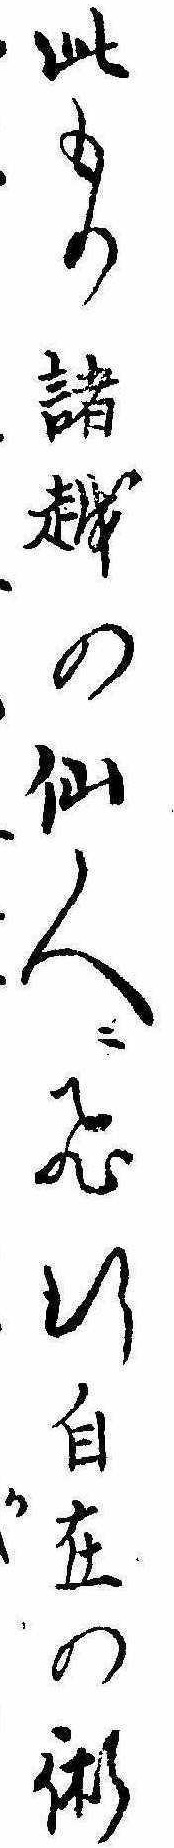
此もの諸越の仙人に飛行自在の術か